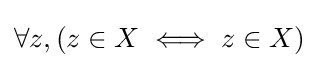
\forall z,(z\in X\iff z\in X)